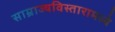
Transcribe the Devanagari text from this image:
साम्राज्यविस्तारामध्ये